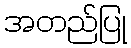
အတည်ပြု